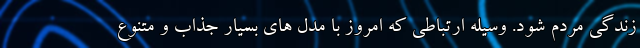
زندگی مردم شود. وسیله ارتباطی که امروز با مدل های بسیار جذاب و متنوع